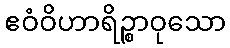
ဧဝံဝိဟာရိဉ္စာဝုသော